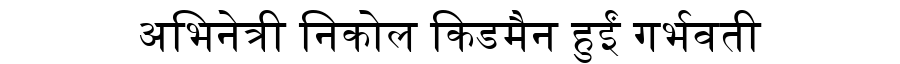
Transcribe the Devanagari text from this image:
अभिनेत्री निकोल किडमैन हुईं गर्भवती